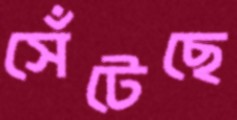
সেঁটেছে